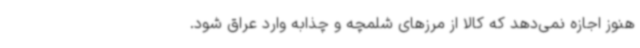
هنوز اجازه نمی‌دهد که کالا از مرزهای شلمچه و چذابه وارد عراق شود.